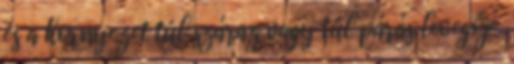
és a kornyezet túl száraz vagy túl párás levegője.